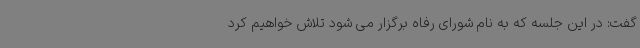
گفت: در این جلسه که به نام شورای رفاه برگزار می شود تلاش خواهیم کرد